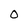
Character: O